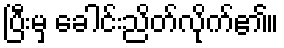
ပြီးမှ ခေါင်းညိတ်လိုက်၏။